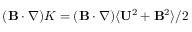
( { \bf { B } } \cdot \nabla ) { \cal { K } } = ( { \bf { B } } \cdot \nabla ) \langle { { \bf { U } } ^ { 2 } + { \bf { B } } ^ { 2 } } \rangle / 2